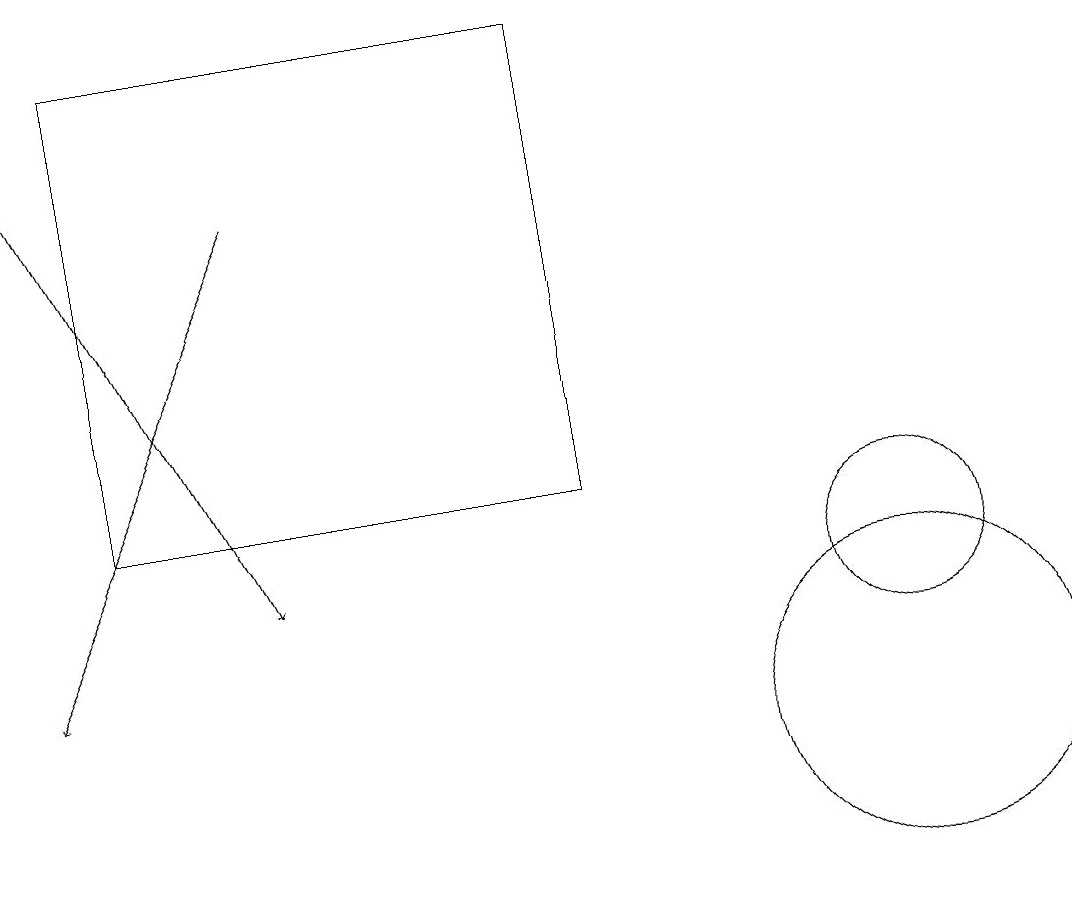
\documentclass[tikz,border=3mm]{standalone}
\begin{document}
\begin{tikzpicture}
\draw (1,19) rectangle (7,13);
\draw[->] (0,18) -- (3,12);
\draw[->] (3,17) -- (0,11);
\draw (11,10) circle (2);
\draw (11,12) circle (1);
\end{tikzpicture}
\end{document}